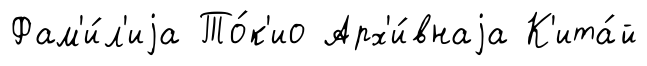
Фам'и́л'иjа То́к'ио Арх'и́внаjа К'ита́й